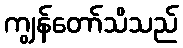
ကျွန်တော်သိသည်